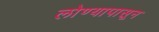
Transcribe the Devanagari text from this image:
लोण्यापासून